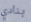
بنادي